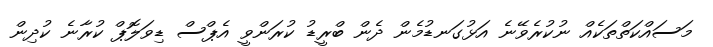
މަސައްކަތްތަކެއް ނުކުރެވޭނެ އަޅުގަނޑުމެން ދެން ބްރީޑު ކުރަންވީ އެޕްސް ޑިވަލޮޕް ކުރާނެ ކުދިން